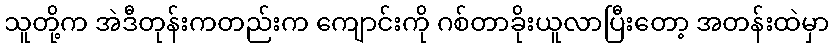
သူတို့က အဲဒီတုန်းကတည်းက ကျောင်းကို ဂစ်တာခိုးယူလာပြီးတော့ အတန်းထဲမှာ